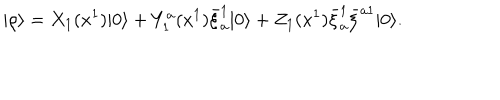
LaTeX: | \rho \rangle = X _ { 1 } ( x ^ { 1 } ) | 0 \rangle + Y _ { 1 } ^ { a } ( x ^ { 1 } ) \bar { \xi } _ { a } ^ { 1 } | 0 \rangle + Z _ { 1 } ( x ^ { 1 } ) \bar { \xi } _ { a } ^ { 1 } \bar { \xi } ^ { a 1 } | 0 \rangle .